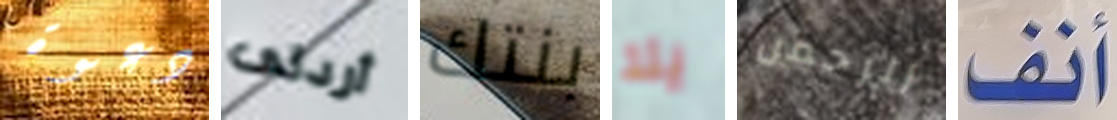
دعوة أردتى بنتك يلا الرحمن أنف